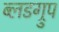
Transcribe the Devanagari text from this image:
ब्लडग्रुप